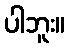
ပါဘူး။